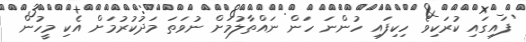
ފައިގައި ކުރަކިވެ ހިކިފައި ހުންނަ ހަން ނައްތާލުމަށް ނުވަތަ މަދުކުރުމަށް އެކި މީހުން